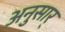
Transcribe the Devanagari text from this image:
अनुसार्